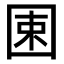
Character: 𡇯